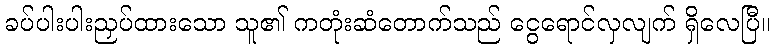
ခပ်ပါးပါးညှပ်ထားသော သူ၏ ကတုံးဆံတောက်သည် ငွေရောင်လှလျက် ရှိလေပြီ။